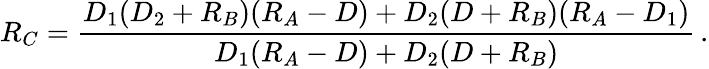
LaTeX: R_{C}={\frac{D_{1}(D_{2}+R_{B})(R_{A}-D)+D_{2}(D+R_{B})(R_{A}-D_{1})}{D_{1}(R_{A}-D)+D_{2}(D+R_{B})}}\, .